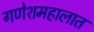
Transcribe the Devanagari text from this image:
गणेशमहालात